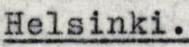
Helsinki.